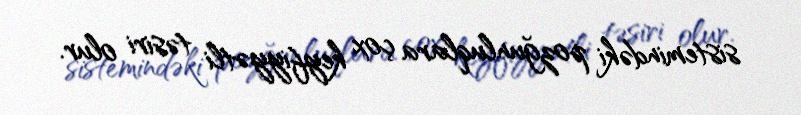
sistemindəki pozğunluqlara çox keyfiyyətli təsiri olur.